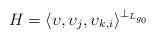
LaTeX: \begin{align*}H=\langle \upsilon, \upsilon_{j}, \upsilon_{k,i}\rangle^{\perp_{L_{g_{0}}}}\end{align*}